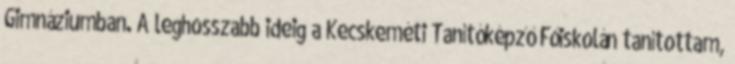
Gimnáziumban. A leghosszabb ideig a Kecskeméti Tanítóképző Főiskolán tanítottam,